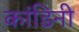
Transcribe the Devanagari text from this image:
कांडिनी